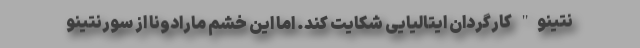
نتینو" کارگردان ایتالیایی شکایت کند. اما این خشم مارادونا از سورنتینو